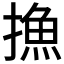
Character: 𢳶